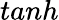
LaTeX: tanh